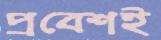
প্রবেশই